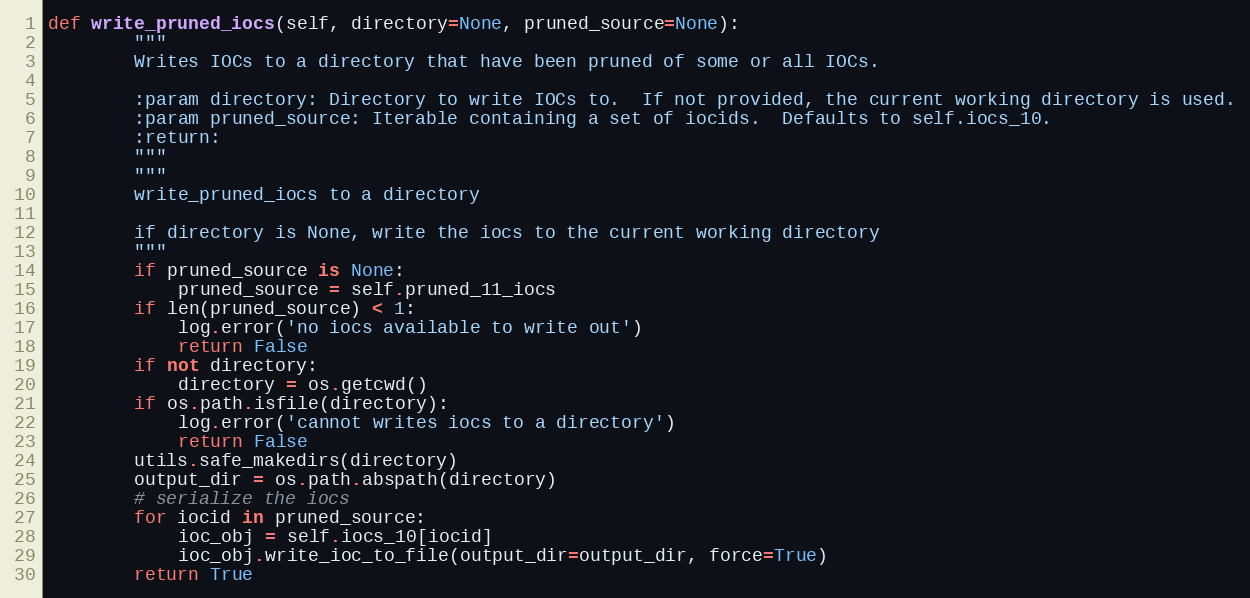
Language: Python
def write_pruned_iocs(self, directory=None, pruned_source=None):
        """
        Writes IOCs to a directory that have been pruned of some or all IOCs.

        :param directory: Directory to write IOCs to.  If not provided, the current working directory is used.
        :param pruned_source: Iterable containing a set of iocids.  Defaults to self.iocs_10.
        :return:
        """
        """
        write_pruned_iocs to a directory

        if directory is None, write the iocs to the current working directory
        """
        if pruned_source is None:
            pruned_source = self.pruned_11_iocs
        if len(pruned_source) < 1:
            log.error('no iocs available to write out')
            return False
        if not directory:
            directory = os.getcwd()
        if os.path.isfile(directory):
            log.error('cannot writes iocs to a directory')
            return False
        utils.safe_makedirs(directory)
        output_dir = os.path.abspath(directory)
        # serialize the iocs
        for iocid in pruned_source:
            ioc_obj = self.iocs_10[iocid]
            ioc_obj.write_ioc_to_file(output_dir=output_dir, force=True)
        return True